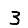
Digit: 3